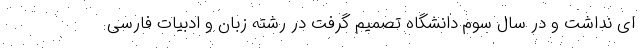
ای نداشت و در سال سوم دانشگاه تصمیم گرفت در رشته زبان و ادبیات فارسی